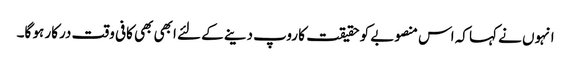
انہوں نے کہا کہ اس منصوبے کو حقیقت کا روپ دینے کے لئے ابھی بھی کافی وقت درکار ہو گا۔